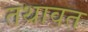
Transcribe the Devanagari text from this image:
तथावत